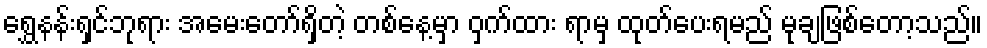
ရွှေနန်းရှင်ဘုရား အမေးတော်ရှိတဲ့ တစ်နေ့မှာ ဝှက်ထား ရာမှ ထုတ်ပေးရမည် မုချဖြစ်တော့သည်။